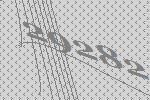
29282